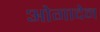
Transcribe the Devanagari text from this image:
ओगादेन